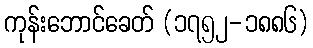
ကုန်းဘောင်ခေတ် (၁၇၅၂-၁၈၈၆)